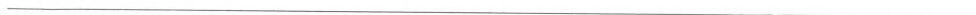
___